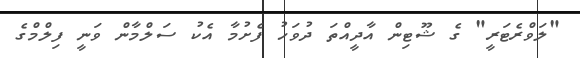
"ލަވްރެޓަރީ" ގެ ޝޫޓިން އާދީއްތަ ދުވަހު ފެށުމާ އެކު ސަލްމާން ވަނީ ފިލްމްގެ